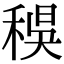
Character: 𥟔